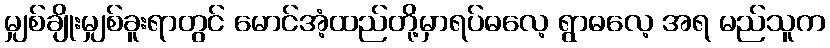
မျှစ်ချိုးမျှစ်ခူးရာတွင် မောင်အံ့ထည်တို့မှာရပ်ဓလေ့ ရွာဓလေ့ အရ မည်သူက